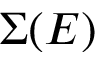
\Sigma ( E )